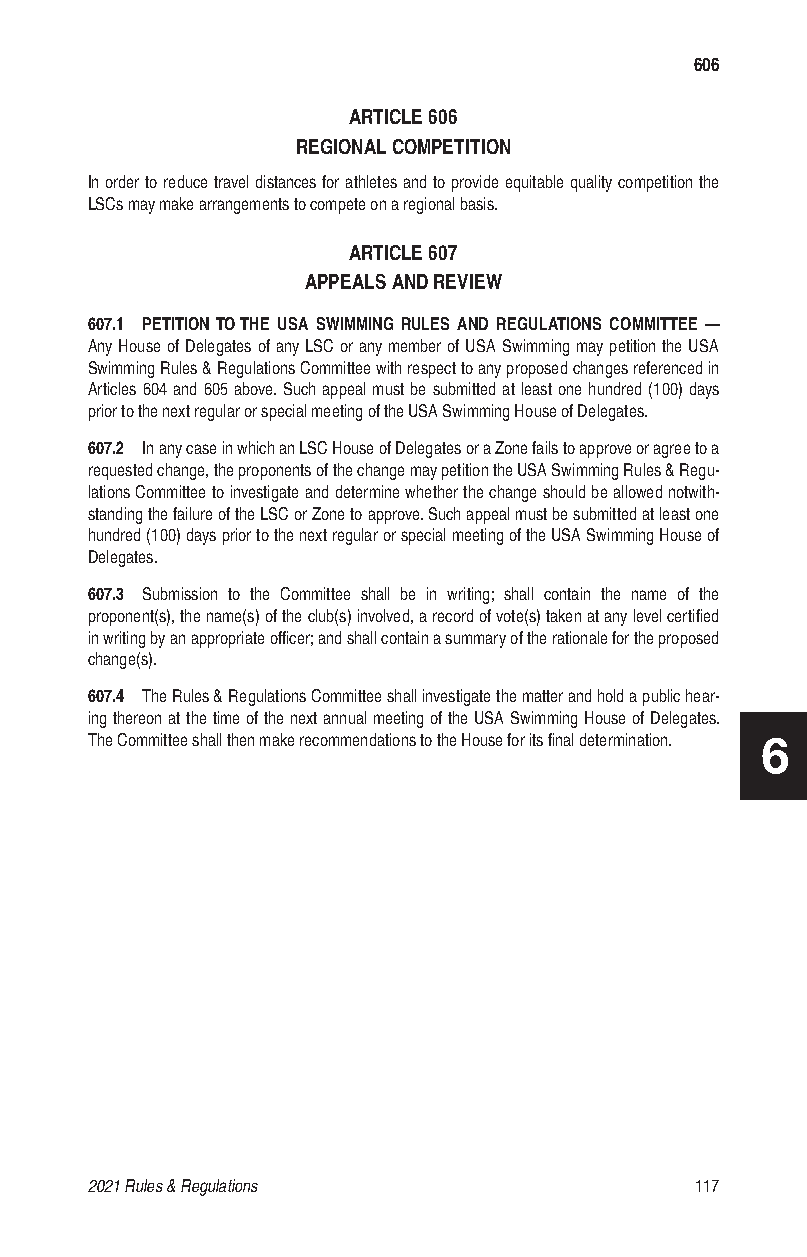
606
 ARTICLE 606
 REGIONAL COMPETITION
 In order to reduce travel distances for athletes and to provide equitable quality competition the
 LSCs may make arrangements to compete on a regional basis.
 ARTICLE 607
 APPEALS AND REVIEW
 607.1 PETITION TO THE USA SWIMMING RULES AND REGULATIONS COMMITTEE —
 Any House of Delegates of any LSC or any member of USA Swimming may petition the USA
 Swimming Rules & Regulations Committee with respect to any proposed changes referenced in
 Articles 604 and 605 above. Such appeal must be submitted at least one hundred (100) days
 prior to the next regular or special meeting of the USA Swimming House of Delegates.
 607.2 In any case in which an LSC House of Delegates or a Zone fails to approve or agree to a
 requested change, the proponents of the change may petition the USA Swimming Rules & Regu-
 lations Committee to investigate and determine whether the change should be allowed notwith-
 standing the failure of the LSC or Zone to approve. Such appeal must be submitted at least one
 hundred (100) days prior to the next regular or special meeting of the USA Swimming House of
 Delegates.
 607.3 Submission to the Committee shall be in writing; shall contain the name of the
 proponent(s), the name(s) of the club(s) involved, a record of vote(s) taken at any level certified
 in writing by an appropriate officer; and shall contain a summary of the rationale for the proposed
 change(s).
 607.4 The Rules & Regulations Committee shall investigate the matter and hold a public hear-
 ing thereon at the time of the next annual meeting of the USA Swimming House of Delegates.
 The Committee shall then make recommendations to the House for its final determination. 6
 2021 Rules & Regulations                117